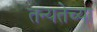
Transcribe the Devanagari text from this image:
तन्यतेच्या